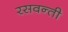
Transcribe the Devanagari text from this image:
रसवन्ती